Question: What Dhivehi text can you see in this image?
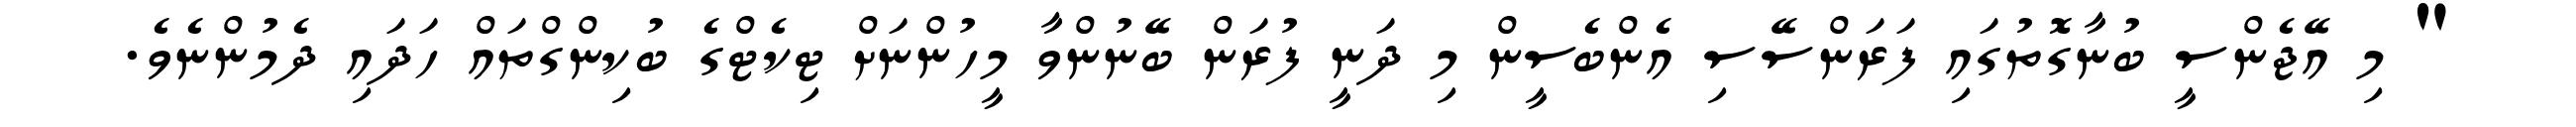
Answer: " މި އޭޖެންސީ ބުނާގޮތުގައި ފަރަންސޭސި އެންބެސީން މި ދަނީ ފުރަން ބޭނުންވާ މީހުންނަށް ޓިކެޓްގެ ބުކިންގްތައް ހަދައި ދެމުންނެވެ.